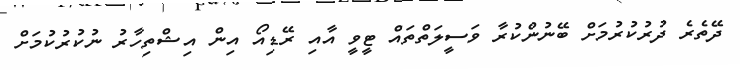
ދޭތެރެ ދުރުކުރުމަށް ބޭނުންކުރާ ވަސީލަތްތައް ޓީވީ އާއި ރޭޑިއޯ އިން އިޝްތިހާރު ނުކުރުކުމަށް